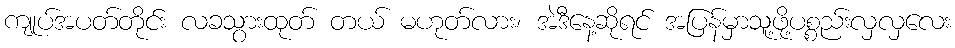
ကျုပ်အပတ်တိုင်း လခသွားထုတ် တယ် မဟုတ်လား၊ အဲဒီနေ့ဆိုရင် အပြန်မှာသူ့ဖို့ပစ္စည်းလှလှလေး